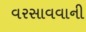
વરસાવવાની